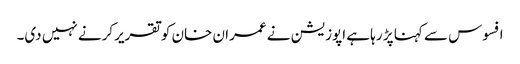
افسوس سے کہنا پڑ رہا ہے اپوزیشن نے عمران خان کوتقریرکرنے نہیں دی۔